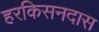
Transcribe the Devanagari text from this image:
हरकिसनदास